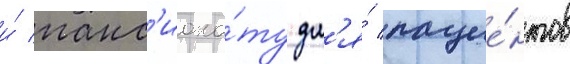
и́ панс'иона́ту дл'я́ пацие́нтов